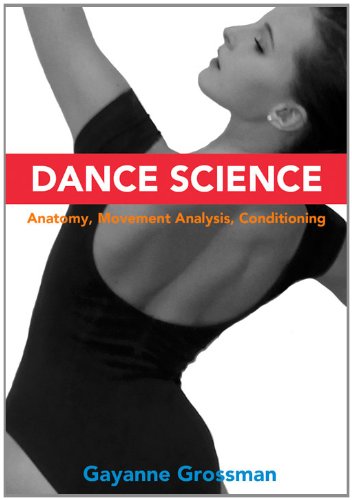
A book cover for Dance Science: Anatomy, Movement Analysis, Conditioning; Gayanne Grossman; Arts & Photography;